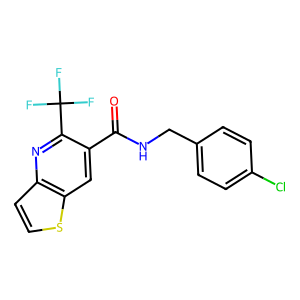
SMILES: O=C(NCc1ccc(Cl)cc1)c1cc2sccc2nc1C(F)(F)F
Inhibits HIV replication: Yes